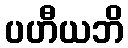
ပဟီယဘိ